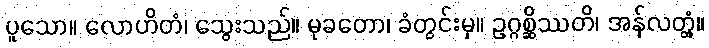
ပူသော။ လောဟိတံ၊ သွေးသည်။ မုခတော၊ ခံတွင်းမှ။ ဥဂ္ဂစ္ဆိဿတိ၊ အန်လတ္တံ့။